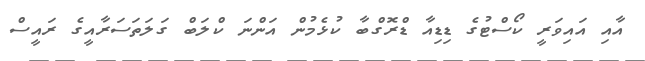
އާއި އައިވަރީ ކޯސްޓުގެ ޑިޑިއާ ޑްރޮގްބާ ކުޅެމުން އަންނަ ކްލަބް ގަލަތަސަރާއީގެ ރައީސް